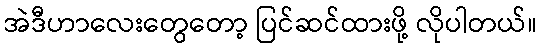
အဲဒီဟာလေးတွေတော့ ပြင်ဆင်ထားဖို့ လိုပါတယ်။